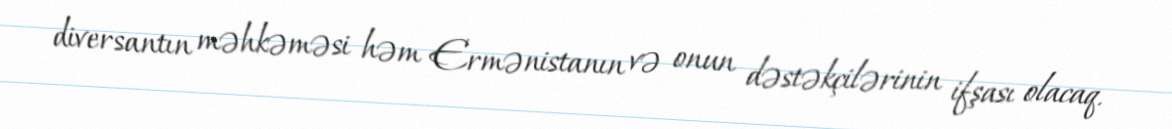
diversantın məhkəməsi həm Ermənistanın və onun dəstəkçilərinin ifşası olacaq.